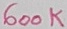
Text: 600K